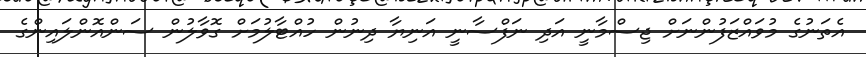
އެތަނުގެ މުވައްޒަފުންނަށް ޖިސްމާނީ އަދި ނަފްސާނީ އަނިޔާ ދިނުން ހުއްޓާލުމަށް ގޮވާލުން ސަންއޮންލައިންގެ